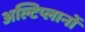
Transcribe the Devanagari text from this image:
अल्टिप्लानों